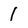
Character: 1